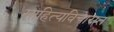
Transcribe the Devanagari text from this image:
साहित्यविचारात